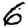
Digit: 6